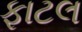
ફાટલ